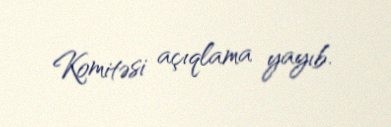
Komitəsi açıqlama yayıb.